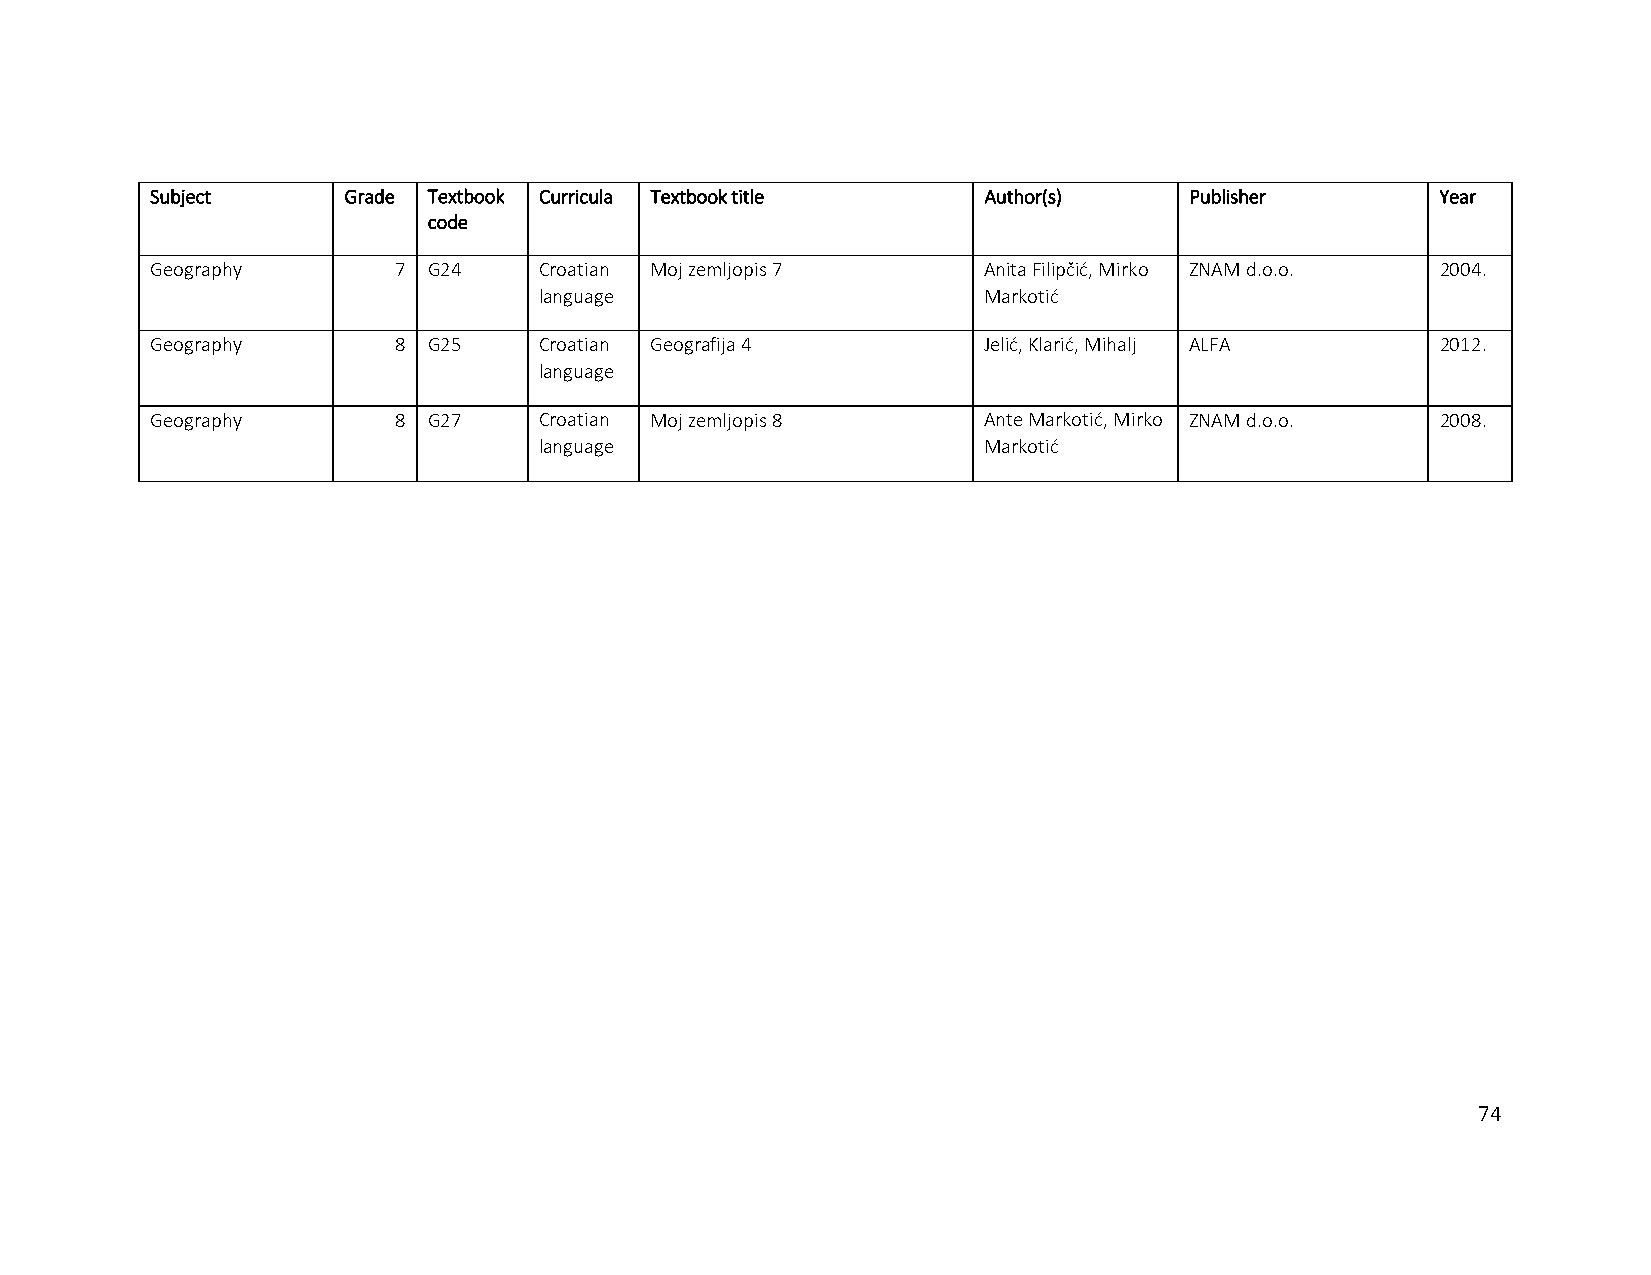
Subject      Grade Textbook Curricula Textbook title   Author(s)     Publisher       Year
 code
 Geography       7 G24     Croatian Moj zemljopis 7     Anita Filipčić, Mirko ZNAM d.o.o. 2004.
 language                     Markotić
 Geography       8 G25     Croatian Geografija 4        Jelić, Klarić, Mihalj ALFA    2012.
 language
 Geography       8 G27     Croatian Moj zemljopis 8     Ante Markotić, Mirko ZNAM d.o.o. 2008.
 language                     Markotić
 74